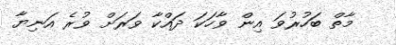
މާތް ބަހުރުވަ އިން ވާހަކަ ދައްކާ ވަރަށް ވުރެ އަނިޔާ